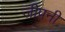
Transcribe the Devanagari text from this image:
जीपनी